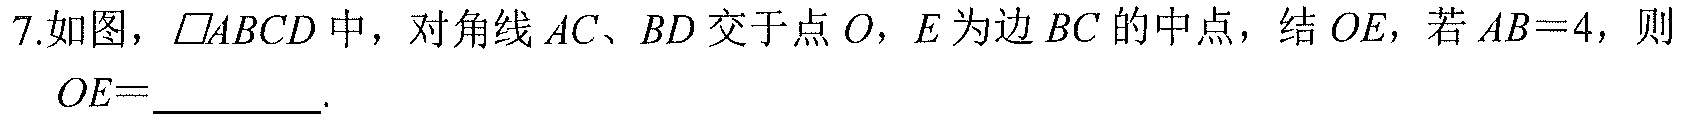
7.如图，$\parallelogram ABCD$中，对角线$AC、BD$交于点$O$，$E$为边$BC$的中点，结$OE$，若$AB = 4$，则
$OE = \_\_\_\_\_\_$.